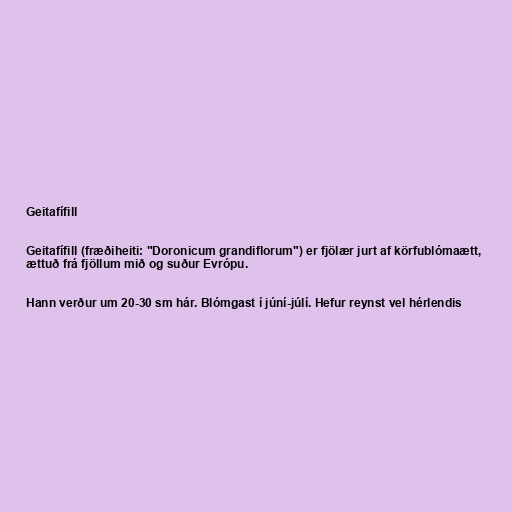
Geitafífill

Geitafífill (fræðiheiti: "Doronicum grandiflorum") er fjölær jurt af körfublómaætt,
ættuð frá fjöllum mið og suður Evrópu.

Hann verður um 20-30 sm hár. Blómgast í júní-júlí. Hefur reynst vel hérlendis